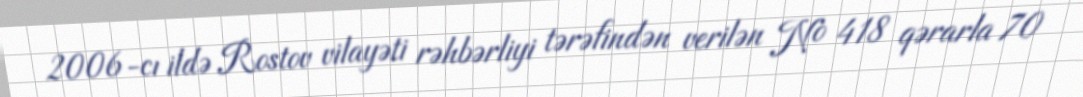
2006-cı ildə Rostov vilayəti rəhbərliyi tərəfindən verilən № 418 qərarla 70